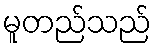
မူတည်သည်